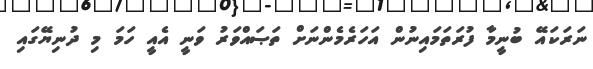
ނަރަކައޭ ބުނީމާ ފުރަތަމައިނުން އަހަރެމެންނަށް ތަޞައްވަރު ވަނީ އެއީ ހަމަ މި ދުނިޔޭގައި